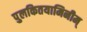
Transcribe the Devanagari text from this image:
पुलकितयामिनीम्